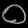
Digit: ၀